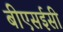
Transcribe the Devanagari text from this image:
बीएसईसी